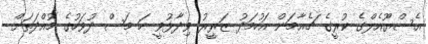
އެސްޔޫއެލްގެ ކުރީގެ ޗެއާމަން އަހުމަދު ޒަރީރު ވިދާޅުވީ ހަ މަސް ދުވަހުގެ މުއްދަތަށް